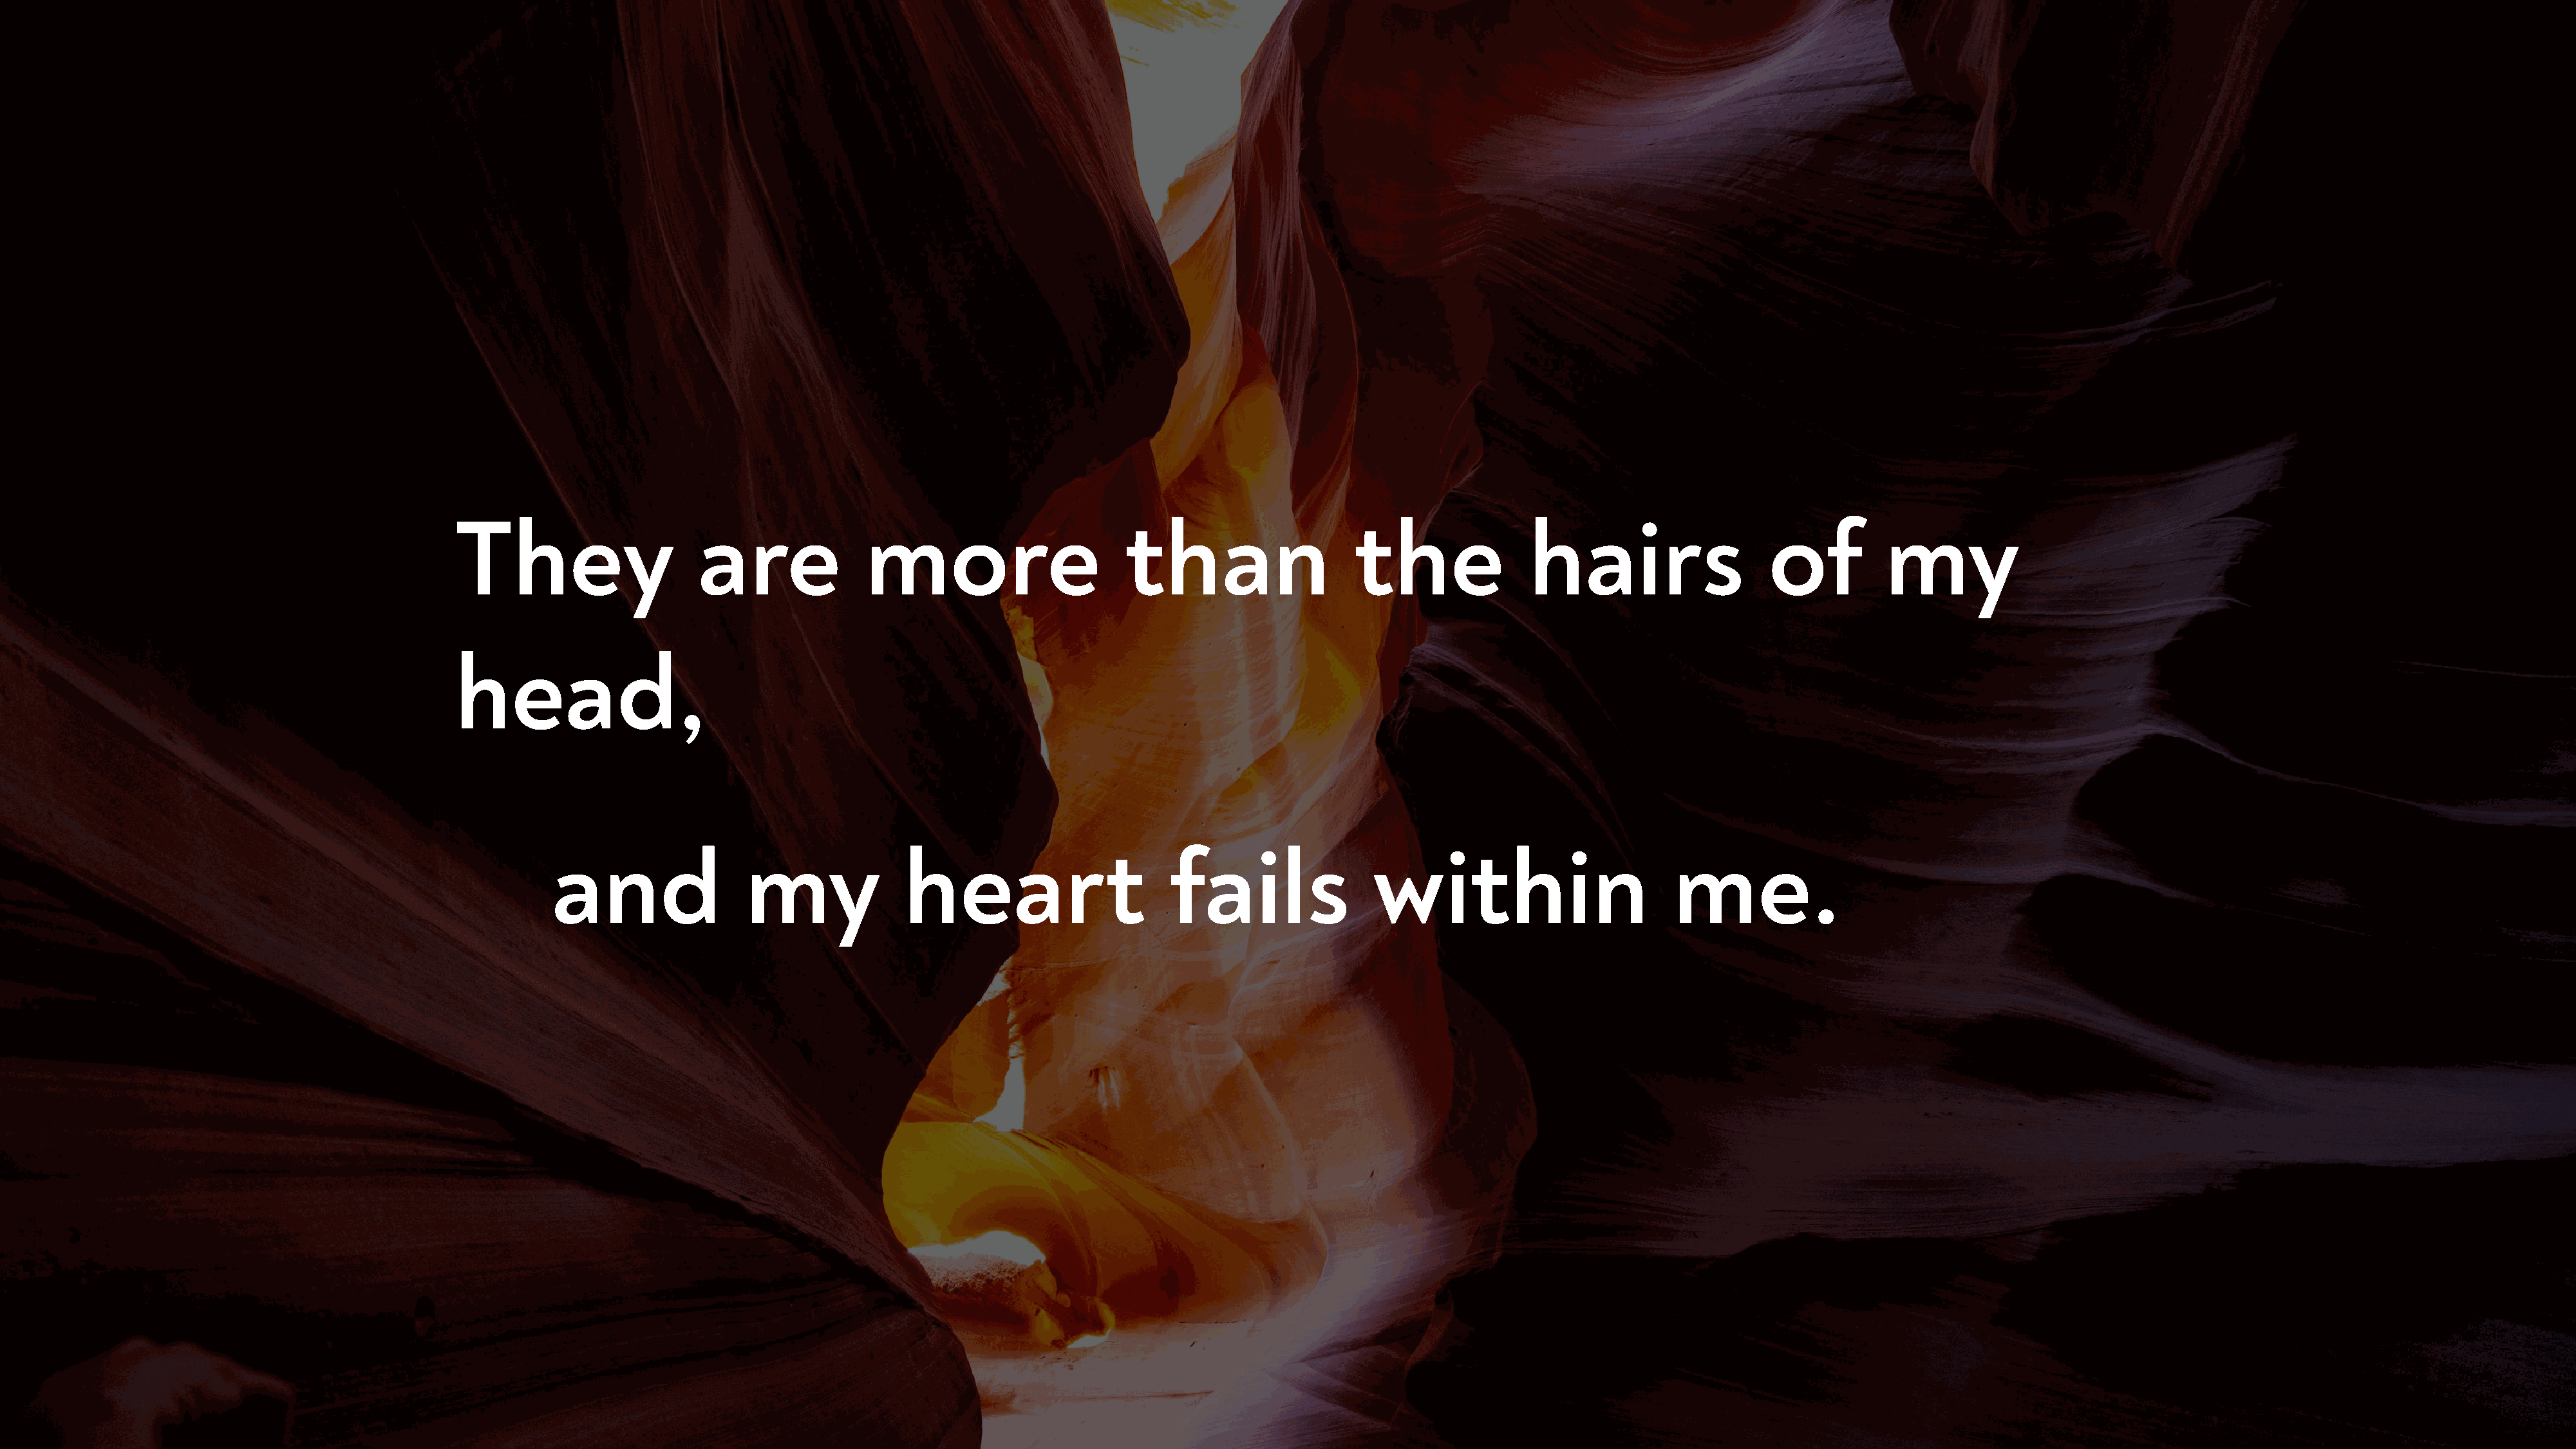
They                     are              more                       than                   the               hairs                    of          my
 head,
 and                 my              heart                      fails                within                         me.